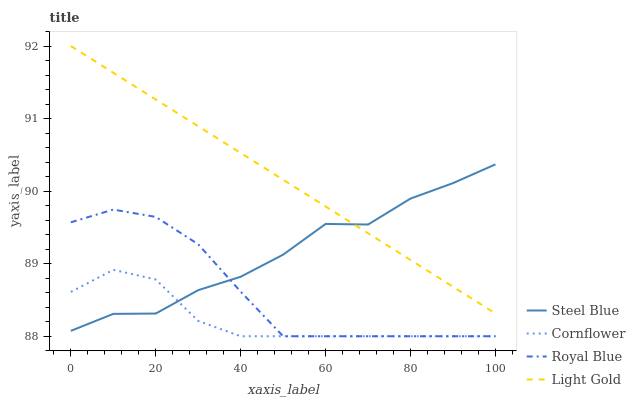
| xaxis_label | Steel Blue | Cornflower | Royal Blue | Light Gold |
 | --- | --- | --- | --- | --- |
 | 0 | 88.1 | 88.6 | 89.6 | 92 |
 | 10 | 88.3 | 88.9 | 89.7 | 91.6 |
 | 20 | 88.3 | 88.8 | 89.6 | 91.3 |
 | 30 | 88.6 | 88.2 | 89.3 | 90.9 |
 | 40 | 88.8 | 88 | 88.6 | 90.5 |
 | 50 | 89.1 | 88 | 88 | 90.2 |
 | 60 | 89.5 | 88 | 88 | 89.8 |
 | 70 | 89.5 | 88 | 88 | 89.4 |
 | 80 | 89.9 | 88 | 88 | 89.1 |
 | 90 | 90.1 | 88 | 88 | 88.7 |
 | 100 | 90.4 | 88 | 88 | 88.3 |